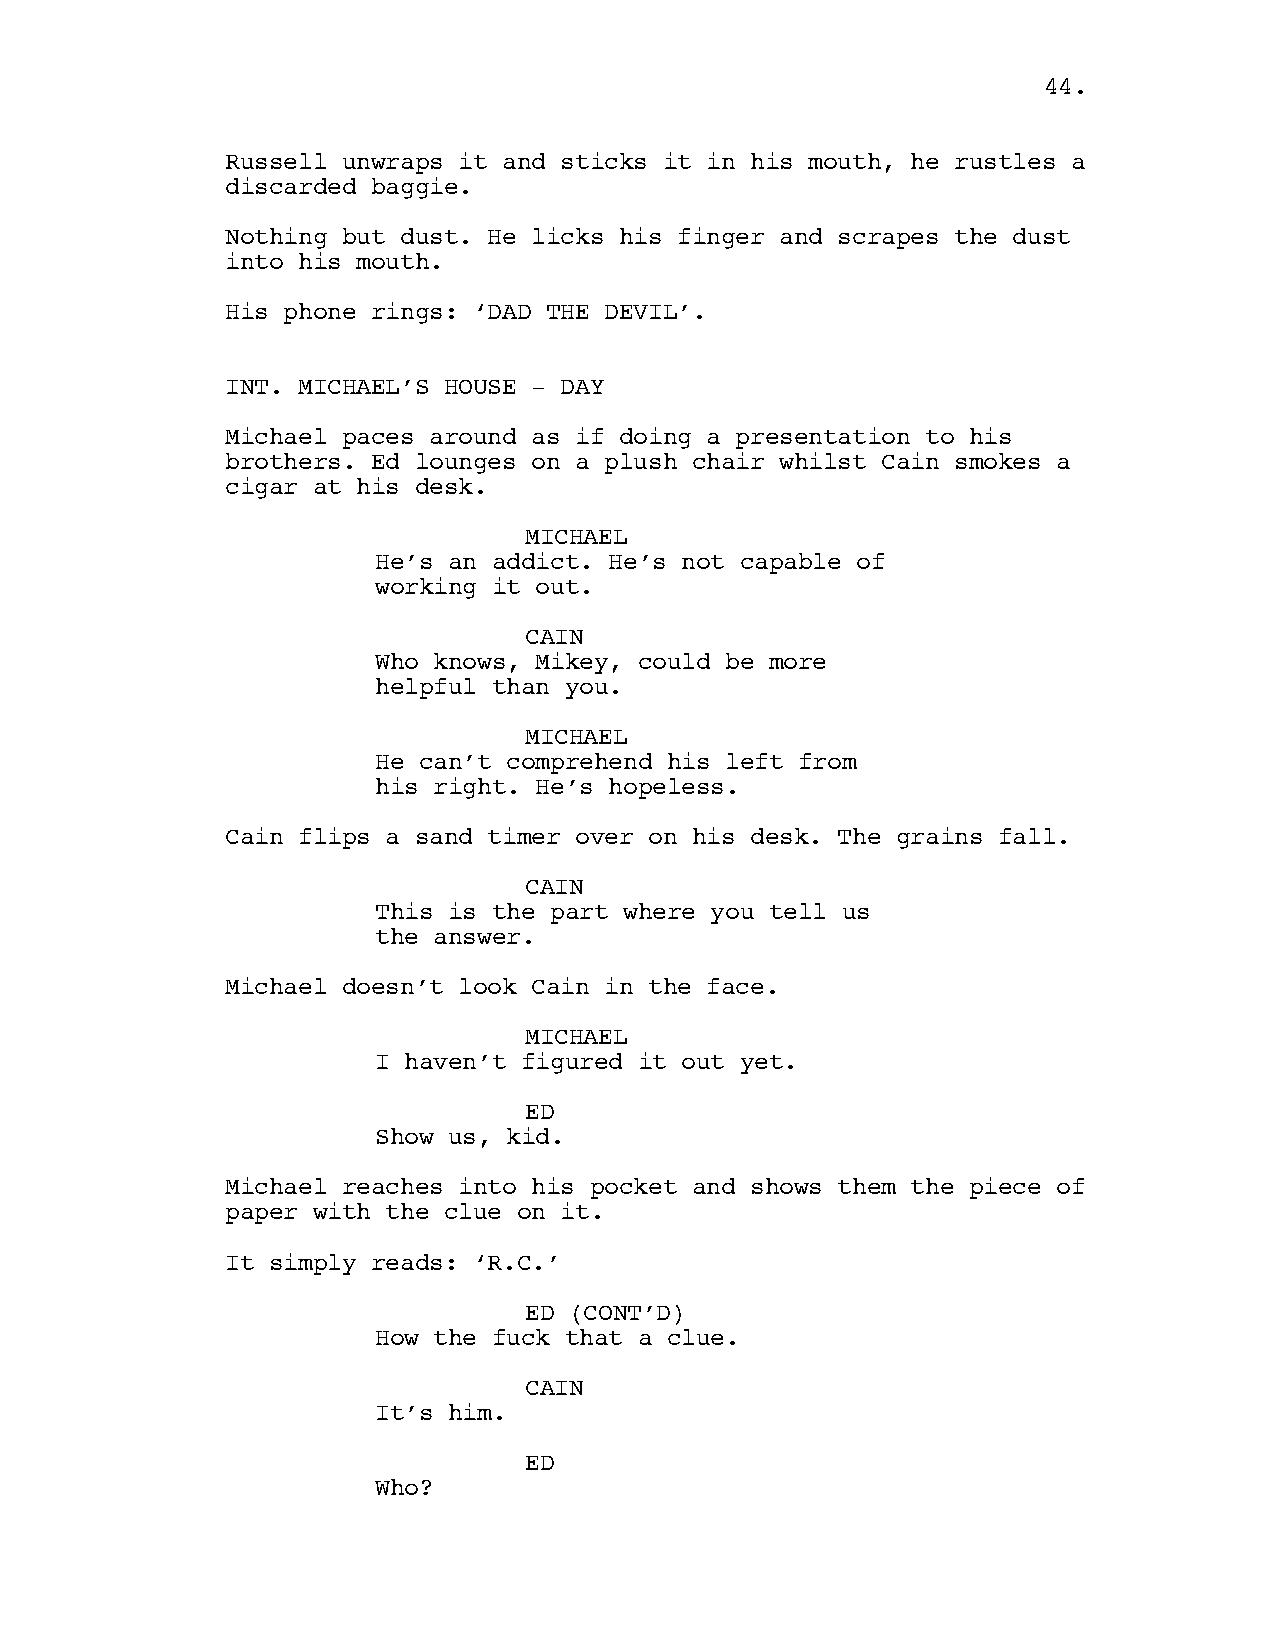
44.
 Russell unwraps it and sticks it in his mouth, he rustles a
 discarded baggie.
 Nothing but dust. He licks his finger and scrapes the dust
 into his mouth.
 His phone rings: ‘DAD THE DEVIL’.
 INT. MICHAEL’S HOUSE - DAY
 Michael paces around as if doing a presentation to his
 brothers. Ed lounges on a plush chair whilst Cain smokes a
 cigar at his desk.
 MICHAEL
 He’s an addict. He’s not capable of
 working it out.
 CAIN
 Who knows, Mikey, could be more
 helpful than you.
 MICHAEL
 He can’t comprehend his left from
 his right. He’s hopeless.
 Cain flips a sand timer over on his desk. The grains fall.
 CAIN
 This is the part where you tell us
 the answer.
 Michael doesn’t look Cain in the face.
 MICHAEL
 I haven’t figured it out yet.
 ED
 Show us, kid.
 Michael reaches into his pocket and shows them the piece of
 paper with the clue on it.
 It simply reads: ‘R.C.’
 ED (CONT’D)
 How the fuck that a clue.
 CAIN
 It’s him.
 ED
 Who?